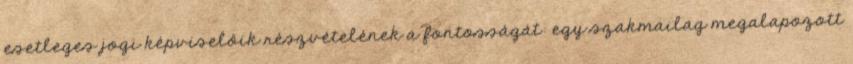
esetleges jogi képviselőik részvételének a fontosságát: egy szakmailag megalapozott